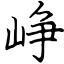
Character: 峥